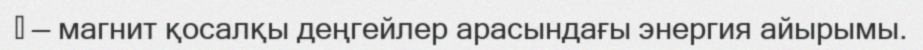
 — магнит қосалқы деңгейлер арасындағы энергия айырымы.